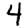
Digit: 4